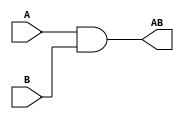
// And Circuit - Assignment 1 - Q1 Figure 0 - AB

module andCircuit (A, B, AB);

input A, B;
output AB;

and and1(AB, A, B);

endmodule